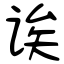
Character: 诶